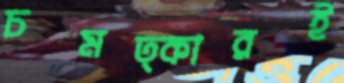
চমত্কারই